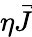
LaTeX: \eta\vec{J}